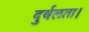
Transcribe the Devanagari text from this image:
दुर्बलता।